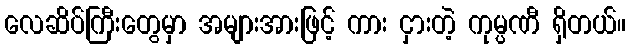
လေဆိပ်ကြီးတွေမှာ အများအားဖြင့် ကား ငှားတဲ့ ကုမ္ပဏီ ရှိတယ်။